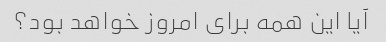
آیا این همه برای امروز خواهد بود؟